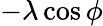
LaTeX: -\lambda\cos\phi